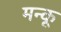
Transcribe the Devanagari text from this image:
मन्कू